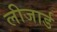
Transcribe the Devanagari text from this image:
लीजार्ड